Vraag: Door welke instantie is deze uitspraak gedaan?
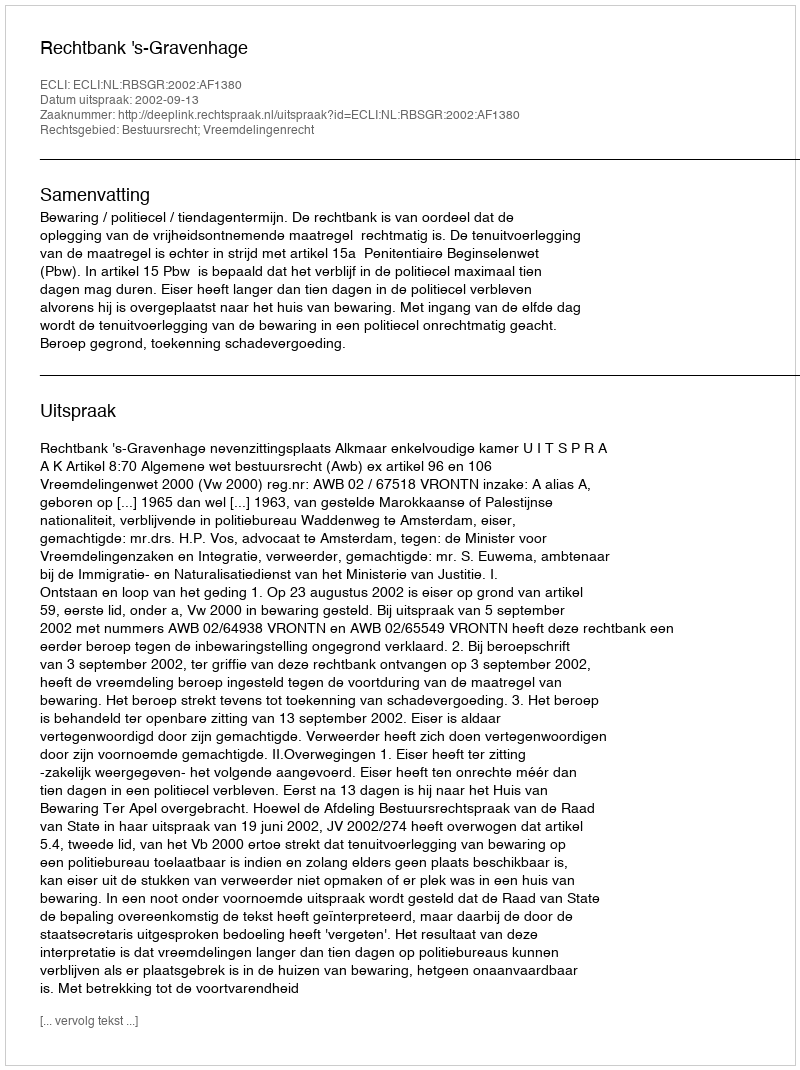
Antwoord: Rechtbank 's-Gravenhage